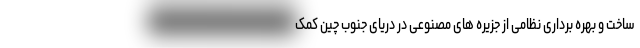
ساخت و بهره برداری نظامی از جزیره های مصنوعی در دریای جنوب چین کمک